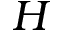
H